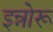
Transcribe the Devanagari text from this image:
इन्नोरू